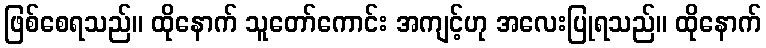
ဖြစ်စေရသည်။ ထိုနောက် သူတော်ကောင်း အကျင့်ဟု အလေးပြုရသည်။ ထိုနောက်